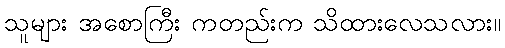
သူများ အစောကြီး ကတည်းက သိထားလေသလား။